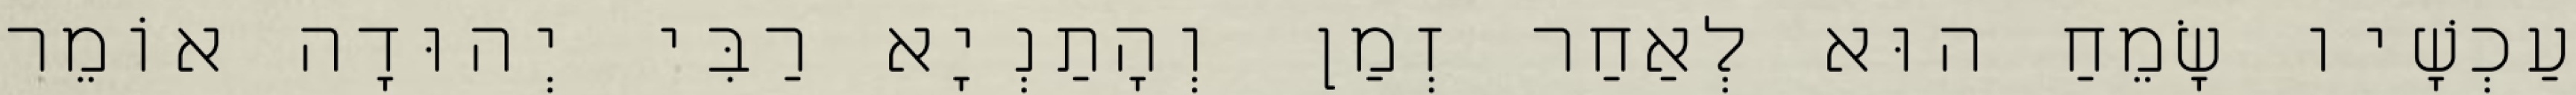
עַכְשָׁיו שָׂמֵחַ הוּא לְאַחַר זְמַן וְהָתַנְיָא רַבִּי יְהוּדָה אוֹמֵר